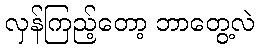
လှန်ကြည့်တော့ ဘာတွေ့လဲ